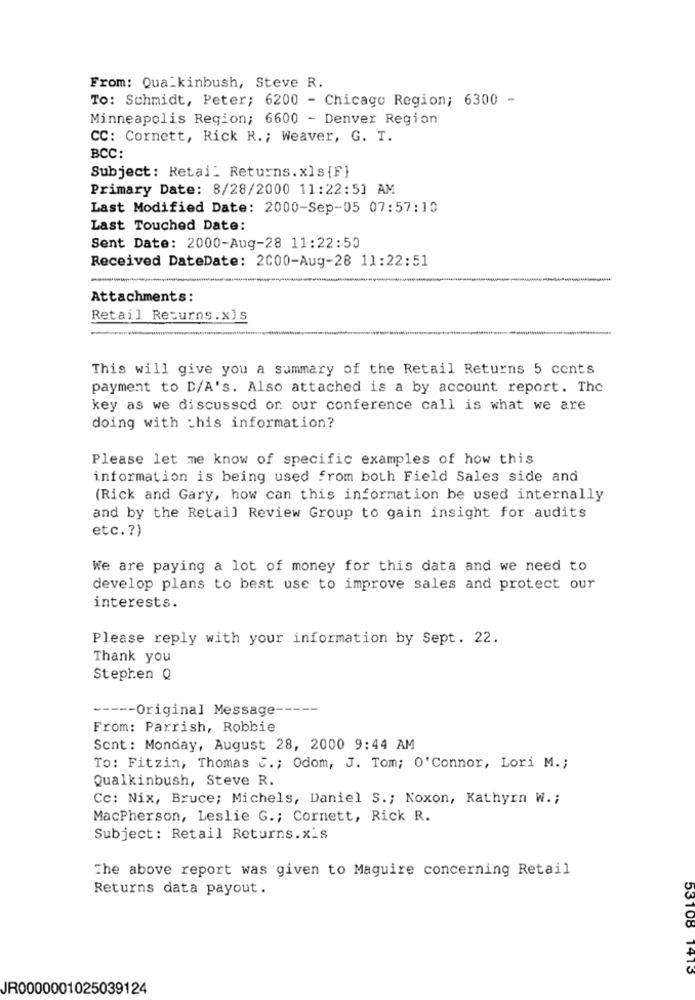
From: Qualkinbush, Steve R.
To: Schmidt, Peter; 6200 - Chicago Region; 6300 -
Minneapolis Region; 6600 - Denver Region
CC: Cornett, Rick R .; Weaver, G. T.
BCC:
Subject: Retail Returns. xls {F}
Primary Date: 8/28/2000 11:22:51 AM
Last Modified Date: 2000-Sep-05 07:57:10
Last Touched Date:
Sent Date: 2000-Aug-28 11:22:50
Received DateDate: 2000-Aug-28 11:22:51
Attachments:
Retail Returns.x]s
This will give you a summary of the Retail Returns 5 cents
payment to D/A's. Also attached is a by account report. The
key as we discussed or our conference call is what we are
doing with this information?
Please let me know of specific examples of how this
information is being used from both Field Sales side and
(Rick and Gary, how can this information be used internally
and by the Retail Review Group to gain insight for audits
etc. ? )
We are paying a lot of money for this data and we need to
develop plans to best use to improve sales and protect our
interests.
Please reply with your information by Sept. 22.
Thank you
Stephen Q
----- Original Message-
From: Parrish, Robbie
Sent: Monday, August 28, 2000 9:44 AM
To: Fitzin, Thomas C .; Odom, J. Tom; O'Connor, Lori M .;
Qualkinbush, Steve R.
Cc: Nix, Bruce; Michels, Daniel S .; Noxon, Kathyrn W .;
MacPherson, Leslie G .; Cornett, Rick R.
Subject: Retail Returns.xis
The above report was given to Maguire concerning Retail
Returns data payout.
53108 1413
JR0000001025039124